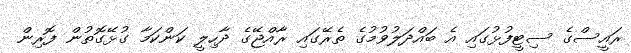
ރައީސްގެ ސިޓީފުޅުގައި އެ ބައްދަލުވުމުގެ ތެރޭގައި ރާއްޖޭގެ ދާހިލީ ކަންކަމާ ގުޅޭގޮތުން ފޮރިން